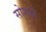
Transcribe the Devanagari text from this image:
सोशले